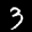
Label: 3